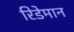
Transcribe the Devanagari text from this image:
रिडेमान